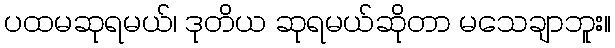
ပထမဆုရမယ်၊ ဒုတိယ ဆုရမယ်ဆိုတာ မသေချာဘူး။